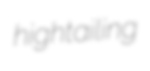
hightailing